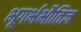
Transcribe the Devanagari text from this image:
भूगर्भभौतिज्ञ